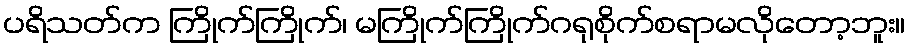
ပရိသတ်က ကြိုက်ကြိုက်၊ မကြိုက်ကြိုက်ဂရုစိုက်စရာမလိုတော့ဘူး။